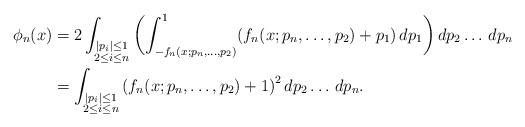
LaTeX: \begin{align*}\phi_n(x) &= 2 \int_{\substack{|p_i|\le 1\\2\le i\le n}} \left(\int_{-f_n(x;p_n,\dots,p_2)}^1 \!\left(f_n(x;p_n,\dots, p_2) + p_1\right) dp_1\right) dp_2\ldots\,dp_n \\&= \int_{\substack{|p_i|\le 1\\2\le i\le n}} \left(f_n(x;p_n,\dots, p_2)+1\right)^2 dp_2\ldots\,dp_n.\end{align*}